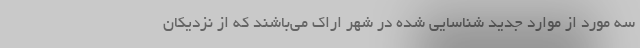
سه مورد از موارد جدید شناسایی شده در شهر اراک می‌باشند که از نزدیکان